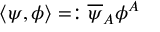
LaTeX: \langle \psi , \phi \rangle = : \overline { { { \psi } } } _ { A } \phi ^ { A }